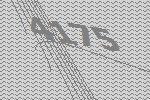
4175